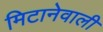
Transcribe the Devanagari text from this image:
मिटानेवाली